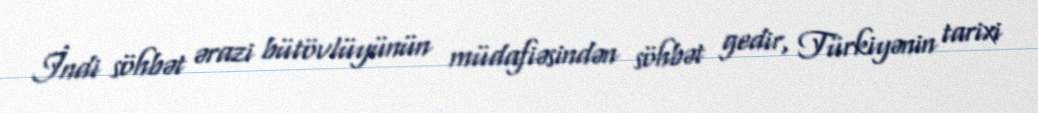
İndi söhbət ərazi bütövlüyünün müdafiəsindən söhbət gedir, Türkiyənin tarixi